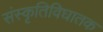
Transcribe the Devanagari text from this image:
संस्कृतिविघातक